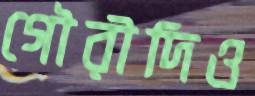
গৌরীদিও